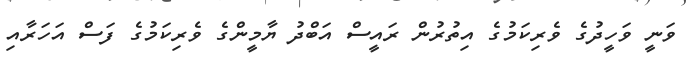
ވަނީ ވަހީދުގެ ވެރިކަމުގެ އިތުރުން ރައީސް އަބްދު ޔާމީންގެ ވެރިކަމުގެ ފަސް އަހަރާއި